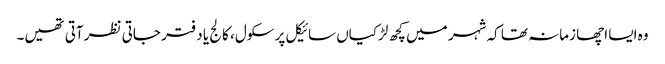
وہ ایسا اچھا زمانہ تھا کہ شہر میں کچھ لڑکیاں سائیکل پر سکول، کالج یا دفتر جاتی نظر آتی تھیں۔